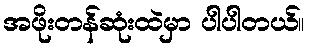
အဖိုးတန်ဆုံးထဲမှာ ပါပါတယ်။